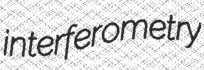
interferometry